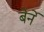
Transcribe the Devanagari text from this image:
बेर्ने